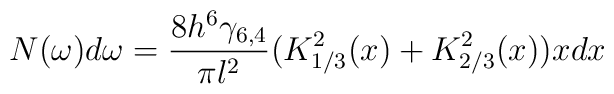
N(\omega) d\omega = \frac{8h^6\gamma_{6,4}}{\pi l^2} (K_{1/3}^2(x) +K_{2/3}^2(x)) x dx